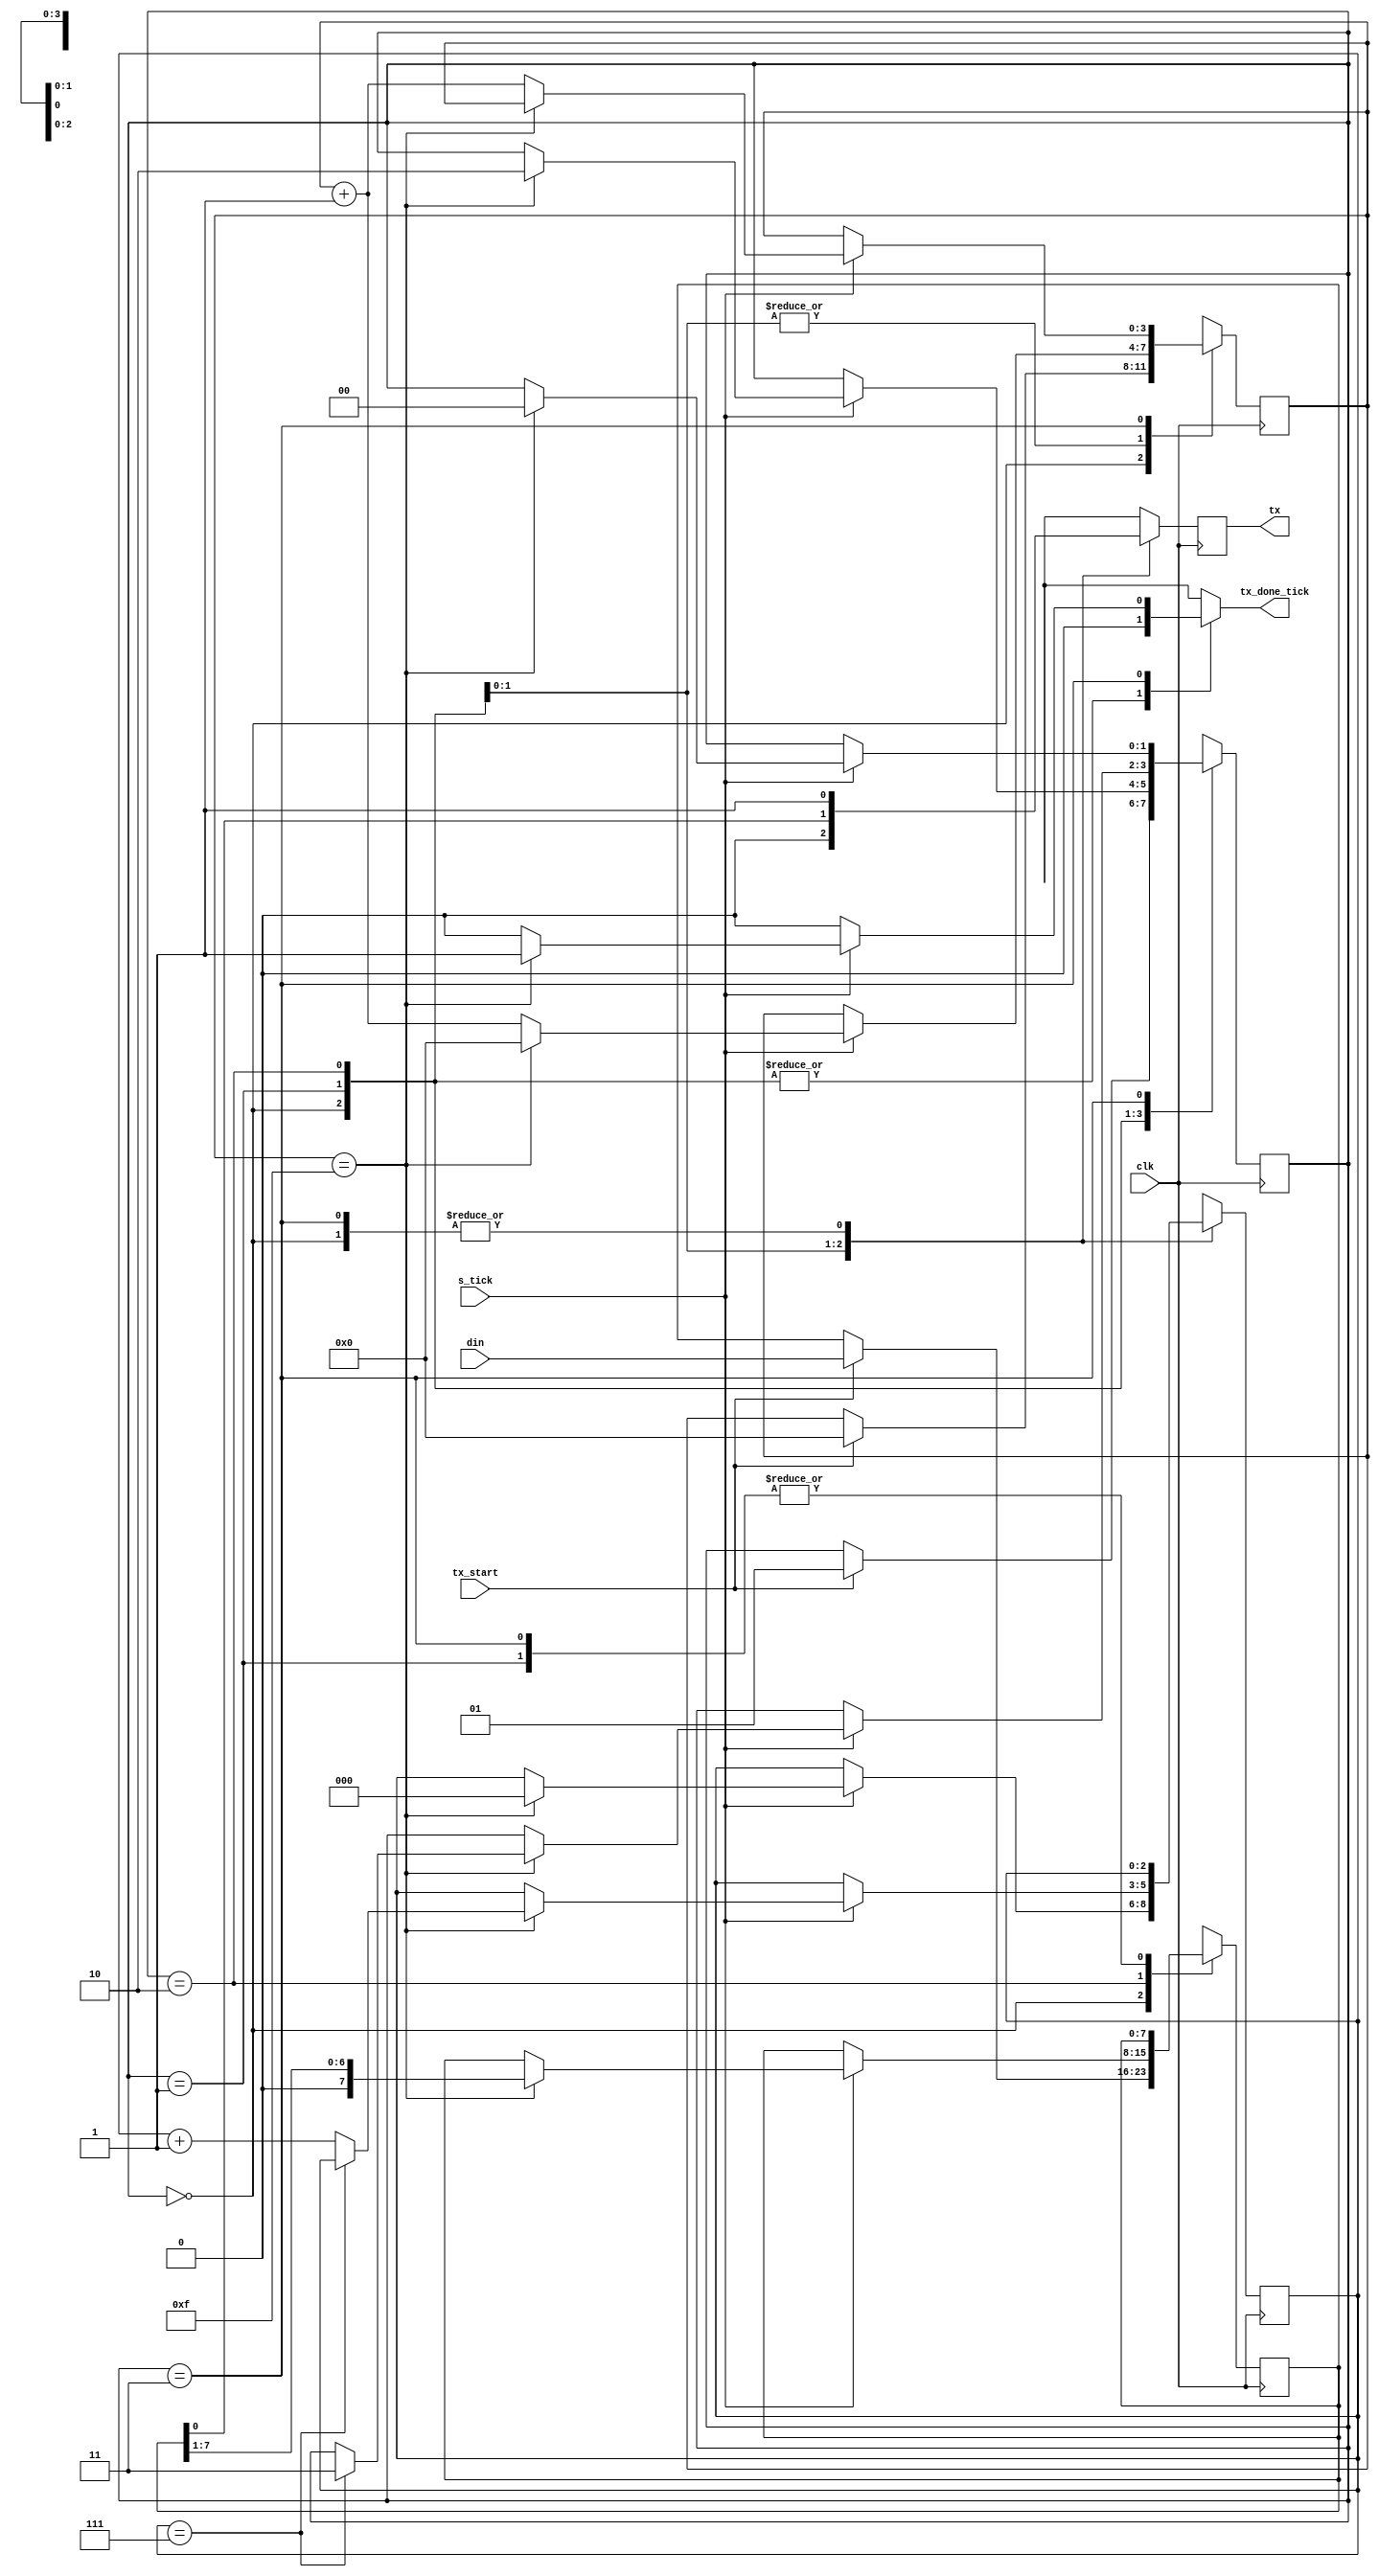
`timescale 1ns / 1ps

module uart_tx #( parameter DBIT = 8, SB_TICK = 16 ) (
	input clk,
	input tx_start,
	input s_tick,
	input [DBIT-1 : 0] din,
	output reg tx_done_tick,
	output tx
	);
	
	localparam [1:0] idle = 2'b00,
						  start = 2'b01,
						  data = 2'b10,
						  stop = 2'b11;

	reg [1:0] state_reg, state_next;
	reg [3:0] s_reg, s_next;
	reg [2:0] n_reg, n_next;
	reg [7:0] b_reg, b_next;
	reg tx_reg, tx_next ;

	always @ ( posedge clk )
		begin
			state_reg <= state_next;
			s_reg <= s_next;
			n_reg <= n_next;
			b_reg <= b_next;
			tx_reg <= tx_next;
		end

	always @ ( * )
		begin
			state_next = state_reg;
			tx_done_tick = 1'b0;
			s_next = s_reg;
			n_next = n_reg;
			b_next = b_reg;
			tx_next = tx_reg;
			case ( state_reg )
				idle:
					begin
						tx_next = 1'b1;
						if ( tx_start )
							begin
								state_next = start;
								s_next = 0;
								b_next = din;
						end
					end
				start:
					begin
						tx_next = 1'b0;
						if ( s_tick )
							if ( s_reg == 15 )
								begin
									state_next = data;
									s_next = 0;
									n_next = 0;
								end
							else
								s_next = s_reg + 1;
					end
				data:
					begin
						tx_next = b_reg [0];
						if ( s_tick )
							if ( s_reg == 15 )
								begin
									s_next = 0;
									b_next = b_reg >> 1;
									if ( n_reg == (DBIT-1) )
										state_next = stop;
									else
										n_next = n_reg + 1;
								end
							else
								s_next = s_reg + 1 ;
					end
				stop:
					begin
						tx_next = 1'b1;
						if ( s_tick )
							if ( s_reg == (SB_TICK - 1))
								begin
									state_next = idle;
									tx_done_tick = 1'b1;
								end
							else
								s_next = s_reg + 1;
					end
				default:
					state_next = idle;
			endcase
		end

	assign tx = tx_reg;

endmodule